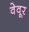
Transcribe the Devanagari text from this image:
वेवूर